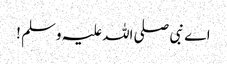
اے نبی صلی اللہ علیہ وسلم !